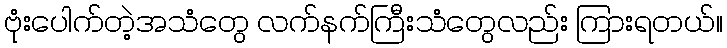
ဗုံးပေါက်တဲ့အသံတွေ လက်နက်ကြီးသံတွေလည်း ကြားရတယ်။